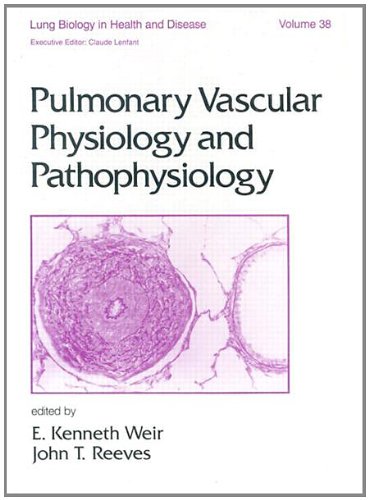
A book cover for Pulmonary Vascular Physiology and Pathophysiology (Lung Biology in Health and Disease); E. Kenneth Weir; Health, Fitness & Dieting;